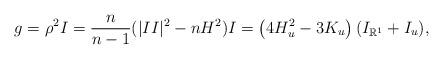
LaTeX: \begin{align*}g=\rho^2I=\frac{n}{n-1}(|II|^2-nH^2)I=\left(4H_u^2-3K_u\right)(I_{\mathbb{R}^1}+I_u),\end{align*}